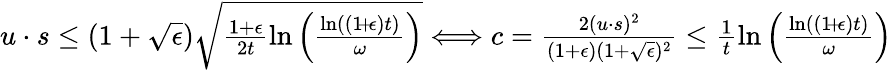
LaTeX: \begin{array}{r}{u\cdot s\leq(1+\sqrt{\epsilon})\sqrt{\frac{1+\epsilon}{2t}\ln\left(\frac{\ln\left((1\! +\! \epsilon)t\right)}{\omega}\right)}\Longleftrightarrow c=\frac{2(u\cdot s)^{2}}{(1+\epsilon)(1+\sqrt{\epsilon})^{2}}\leq\frac{1}{t}\ln\left(\frac{\ln\left((1\! +\! \epsilon)t\right)}{\omega}\right)}\end{array}